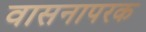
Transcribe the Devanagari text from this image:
वासनापरक